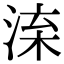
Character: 㳿